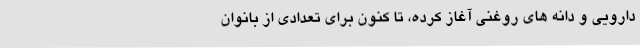
دارویی و دانه های روغنی آغاز کرده، تا کنون برای تعدادی از بانوان